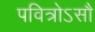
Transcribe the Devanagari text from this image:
पवित्रोऽसौ